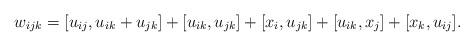
LaTeX: \begin{align*}w_{ijk}=[u_{ij},u_{ik}+u_{jk}]+[u_{ik},u_{jk}]+[x_i,u_{jk}]+[u_{ik},x_j]+[x_k,u_{ij}].\end{align*}